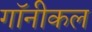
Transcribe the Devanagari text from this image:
गॉनीकल